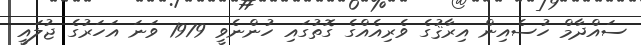
ސައްދާމް ހުސެއިން އިރާޤުގެ ވެރިއެއްގެ ގޮތުގައި ހުންނެވީ 1979 ވަނަ އަހަރުގެ ޖުލައީ